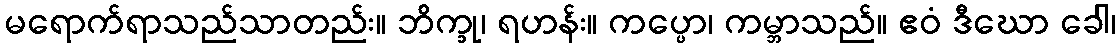
မရောက်ရာသည်သာတည်း။ ဘိက္ခု၊ ရဟန်း။ ကပ္ပော၊ ကမ္ဘာသည်။ ဧဝံ ဒီဃော ခေါ၊